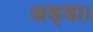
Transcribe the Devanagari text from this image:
अड्डा।